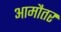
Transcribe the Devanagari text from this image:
आमौतर